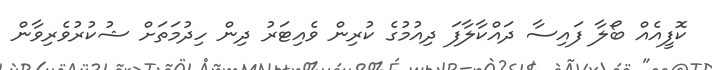
ކޮފީއެއް ބޯލާ ފައިސާ ދައްކާލާފަ ދިއުމުގެ ކުރިން ވެއިޓަރު ދިން ހިދުމަތަށް ޝުކުރުވެރިވާން